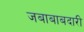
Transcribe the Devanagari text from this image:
जबाबाबदारी